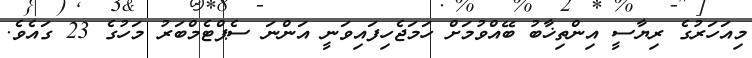
މިއަހަރުގެ ރިޔާސީ އިންތިޚާބު ބޭއްވުމަށް ހަމަޖެހިފައިވަނީ އަންނަ ސެޕްޓެމްބަރު މަހުގެ 23 ގައެވެ.